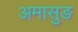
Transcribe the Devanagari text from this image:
अमासुङ